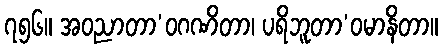
၇၅၆။ အဝညာတာ’ဝဂဏိတာ၊ ပရိဘူတာ’ဝမာနိတာ။